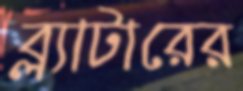
ব্ল্যাটারের